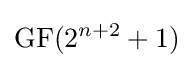
\operatorname {GF} (2^{n+2}+1)